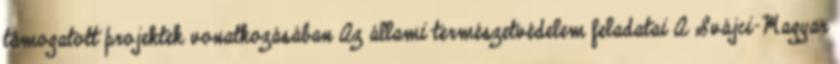
támogatott projektek vonatkozásában Az állami természetvédelem feladatai A Svájci-Magyar